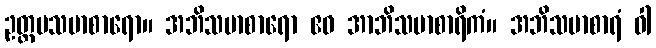
ဥတ္တမသမာစာရော။ အဘိသမာစာရော ဧဝ အာဘိသမာစာရိကံ။ အဘိသမာစာရံ ဝါ